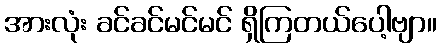
အားလုံး ခင်ခင်မင်မင် ရှိကြတယ်ပေါ့ဗျာ။